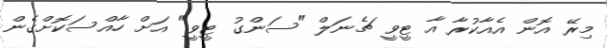
މިރޭ އޮން އެއާކުރާ އާ ޓީވީ ޗެނަލް "ސަންގު ޓީވީ" އަށް ހާއްސަކޮށްގެން